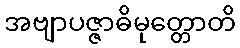
အဗျာပဇ္ဇာဓိမုတ္တောတိ